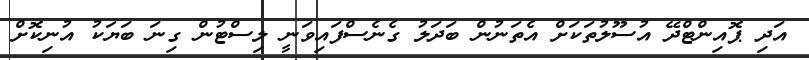
އަދި ޕޮއިންޓްދޭ އުސޫލުތަކަށް އެތަނުން ބަދަލު ގެނެސްފައިވަނީ ލިސްޓުން ގިނަ ބަޔަކު އުނިކޮށް